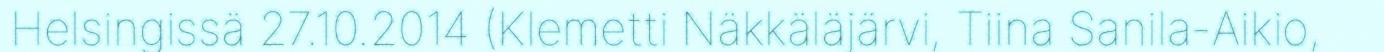
Helsingissä 27.10.2014 (Klemetti Näkkäläjärvi, Tiina Sanila-Aikio,